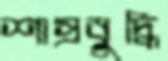
শাস্রবুদ্ধি